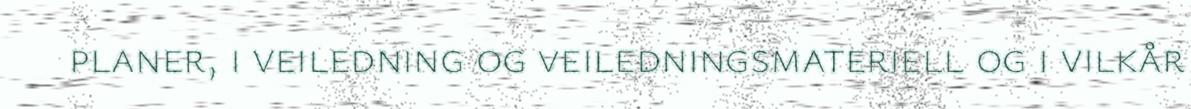
planer, i veiledning og veiledningsmateriell og i vilkår